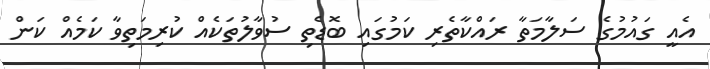
އެއީ ގައުމުގެ ސަލާމަތާ ރައްކާތެރި ކަމުގައި ބޮޑެތި ސުވާލުތަކެއް ކުރިމަތިވާ ކަމެއް ކަން